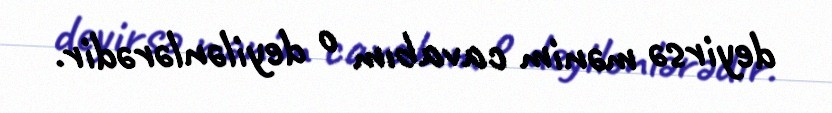
deyirsə mənim cavabım o deyilənlərədir.